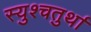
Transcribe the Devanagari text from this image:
स्युश्चतुर्था